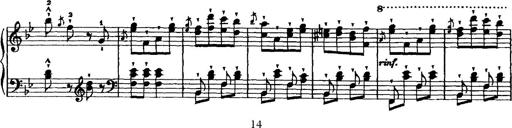
Title: Grande valse di bravura
Composer: Franz Liszt